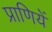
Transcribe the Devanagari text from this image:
प्राणियें